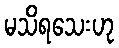
မသိရသေးဟု